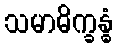
သမာဓိက္ခန္ဓံ